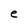
Character: e